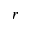
r